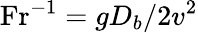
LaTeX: \mathrm{Fr}^{-1}=gD_{b}/2v^{2}